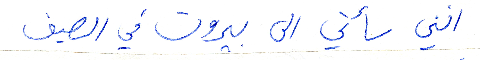
انني سأتي الى بيروت في الصيف